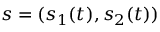
s = ( s _ { 1 } ( t ) , s _ { 2 } ( t ) )